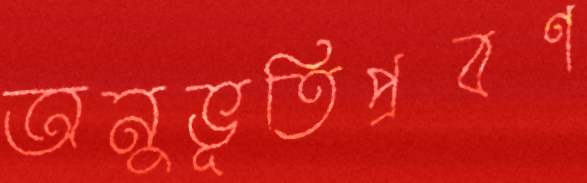
অনুভূতিপ্রবণ